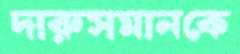
দারুসমানকে